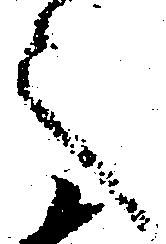
之